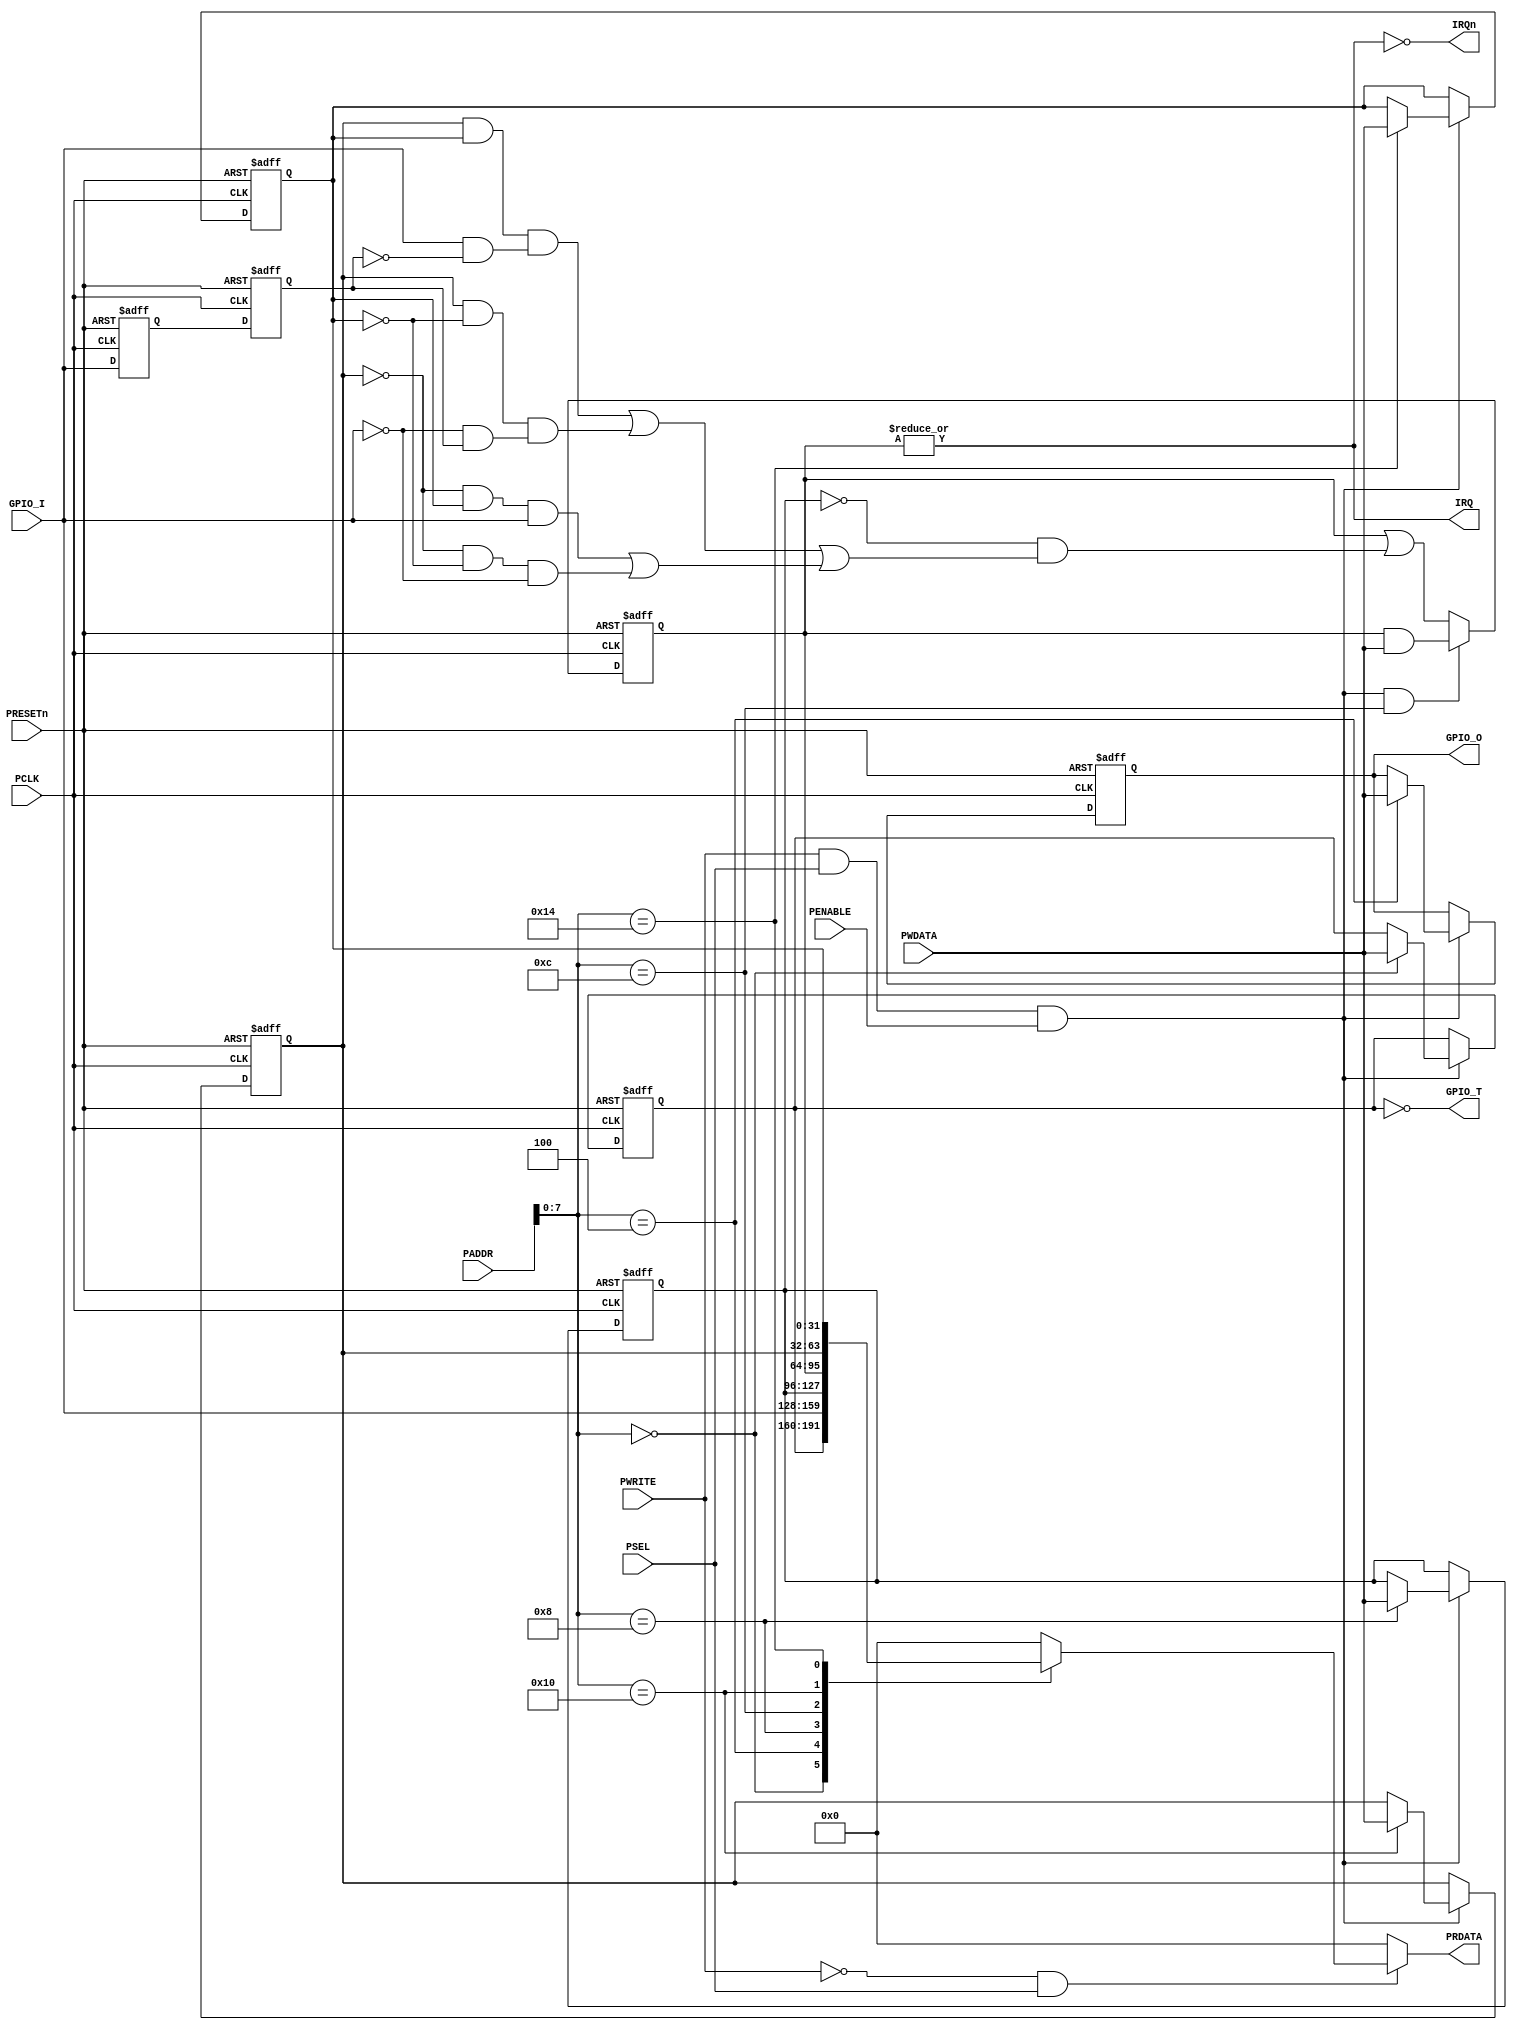
//--------------------------------------------------------
// Copyright (c) 2018 by Future Design Systems Co., Ltd.
// All right reserved.
//
// http://www.future-ds.com
//--------------------------------------------------------
// VERSION = 2018.04.19.
//--------------------------------------------------------
// gpio_apb.v
//--------------------------------------------------------
// [REGISTERS]
// 0x00: Line Control Register
//       '0' = input mode (default)
//       '1' = output mode
// 0x04: Line Register
//       Current GPIO pin level
// 0x08: Interrupt Mask Register
//       '0' = enabled
//       '1' = masked (disabled) (default)
// 0x0C: Interrupt Flag
// 0x10: Interrupt Edge/Level Sensitivity Mode Register
//       '0' = Level sensitivity mode (default)
//       '1' = Edge sensitivity mode
// 0x14: Interrupt Pol Sensitivity Mode Register
//       '0' = active-low for level mode, falling for edge mode (default)
//       '1' = active-high for level mode, rising for edge mode
//
// [HOWTO]
// * Use a pin as an input:
//   Program the corresponding bit in the Control Register
//   to 'input mode' ('0').
//   Then, the pin's state (input level) can be checked
//   by reading the Line Register.
//   Note that writing to the GPIO pin's Line Register bit
//   while in input mode has no effect.
//
// * Use a pin as an output:
//   Program the corresponding bit in the Control Register
//   to 'output mode' ('1').
//   Then, program the GPIO pin's output level by writing
//   to the corresponding bit in the Line Register.
//   Note reading the GPIO pin's Line Register bit while
//   in output mode returns the current input pin level
//   so that it may not reflect the value written.
//
// * Use a pin as an interrupt source:
//   Program the corresponding bit in the Edge Register
//   to the desired sentivity mode (level or edge).
//   Program the corresponding bit in the Pol Register
//   to the desired sentivity mode (low/falling or high/rising).
//   Program the corresponding bit in the Mask Register
//   to 'un-masked mode' ('0').
//--------------------------------------------------------
// synopsys translate_off
`timescale 1ns/10ps
// synopsys translate_on

module gpio_apb #(parameter GPIO_WIDTH=32)
(
       input   wire                  PRESETn
     , input   wire                  PCLK
     , input   wire                  PSEL
     , input   wire                  PENABLE
     , input   wire [31:0]           PADDR
     , input   wire                  PWRITE
     , output  reg  [31:0]           PRDATA
     , input   wire [31:0]           PWDATA
     , input   wire [GPIO_WIDTH-1:0] GPIO_I
     , output  wire [GPIO_WIDTH-1:0] GPIO_O
     , output  wire [GPIO_WIDTH-1:0] GPIO_T 
     , output  wire                  IRQ
     , output  wire                  IRQn
);
   //------------------------------------------------------------
   localparam CSRA_CONTROL = 8'h00,
              CSRA_LINE    = 8'h04,
              CSRA_MASK    = 8'h08,
              CSRA_IRQ     = 8'h0C,
              CSRA_EDGE    = 8'h10,
              CSRA_POL     = 8'h14;
   //------------------------------------------------------------
   reg  [GPIO_WIDTH-1:0] csr_line_out = {GPIO_WIDTH{1'b0}}; // all clear
   reg  [GPIO_WIDTH-1:0] csr_control  = {GPIO_WIDTH{1'b0}}; // all input
   reg  [GPIO_WIDTH-1:0] csr_mask     = {GPIO_WIDTH{1'b1}}; // all masked
   reg  [GPIO_WIDTH-1:0] csr_irq      = {GPIO_WIDTH{1'b0}}; // all clear
   reg  [GPIO_WIDTH-1:0] csr_edge     = {GPIO_WIDTH{1'b0}}; // all level
   reg  [GPIO_WIDTH-1:0] csr_pol      = {GPIO_WIDTH{1'b1}}; // all active high
   //------------------------------------------------------------
   assign GPIO_O  = csr_line_out;
   assign GPIO_T  = ~csr_control; // 0 output, 1 input
   assign IRQn    = ~IRQ;
   assign IRQ     = |csr_irq;
   //------------------------------------------------------------
   // CSR read
   //always @ (PWRITE or PSEL or PADDR) begin
   always @ (*) begin
       if (~PWRITE&PSEL) begin
          PRDATA = 'h0;
          case (PADDR[7:0]) // synopsys parallel_case full_case
              CSRA_CONTROL: PRDATA[GPIO_WIDTH-1:0] = csr_control;
              CSRA_LINE   : PRDATA[GPIO_WIDTH-1:0] = GPIO_I;
              CSRA_MASK   : PRDATA[GPIO_WIDTH-1:0] = csr_mask;
              CSRA_IRQ    : PRDATA[GPIO_WIDTH-1:0] = csr_irq;
              CSRA_EDGE   : PRDATA[GPIO_WIDTH-1:0] = csr_edge;
              CSRA_POL    : PRDATA[GPIO_WIDTH-1:0] = csr_pol;
              default     : PRDATA                 = 'h0;
          endcase
       end else begin
          PRDATA = 'h0;
       end
   end
   //------------------------------------------------------------
   always @ (posedge PCLK or negedge PRESETn) begin
     if (PRESETn==1'b0) begin
       csr_line_out <= {GPIO_WIDTH{1'b0}}; // all clear
       csr_control  <= {GPIO_WIDTH{1'b0}}; // all input
       csr_mask     <= {GPIO_WIDTH{1'b1}}; // all masked
       csr_edge     <= {GPIO_WIDTH{1'b0}}; // all level
       csr_pol      <= {GPIO_WIDTH{1'b1}}; // all active high
     end else begin
        if (PWRITE&PSEL&PENABLE) begin
            case (PADDR[7:0]) // synopsys parallel_case full_case
            CSRA_CONTROL: csr_control  <= PWDATA[GPIO_WIDTH-1:0];
            CSRA_LINE   : csr_line_out <= PWDATA[GPIO_WIDTH-1:0];
            CSRA_MASK   : csr_mask     <= PWDATA[GPIO_WIDTH-1:0];
            CSRA_EDGE   : csr_edge     <= PWDATA[GPIO_WIDTH-1:0];
            CSRA_POL    : csr_pol      <= PWDATA[GPIO_WIDTH-1:0];
            default     : begin end
            endcase
         end
     end
   end
   //------------------------------------------------------------
   reg [GPIO_WIDTH-1:0] gpio_d, gpio_dx; // delayed
   always @ (posedge PCLK or negedge PRESETn) begin
     if (PRESETn==1'b0) begin
         gpio_d  <= {GPIO_WIDTH{1'b0}}; //GPIO_I;
         gpio_dx <= {GPIO_WIDTH{1'b0}}; //GPIO_I;
     end else begin
         gpio_d  <= gpio_dx;
         gpio_dx <= GPIO_I;
     end
   end
   //------------------------------------------------------------
   // Note that it is two-cycle width in order to prevent missing
   // edge while 'csr_irq' is wrriten.
   wire   [GPIO_WIDTH-1:0] gpio_fall; // falling-edge
   wire   [GPIO_WIDTH-1:0] gpio_rise; // falling-edge
   assign gpio_fall = ~GPIO_I& gpio_d;
   assign gpio_rise =  GPIO_I&~gpio_d;
   //------------------------------------------------------------
   wire [GPIO_WIDTH-1:0] event_edge;
   assign event_edge = (csr_edge&csr_pol&gpio_rise)|(csr_edge&(~csr_pol)&gpio_fall);
   //------------------------------------------------------------
   wire [GPIO_WIDTH-1:0] event_level;
   assign event_level = ((~csr_edge)&csr_pol&GPIO_I)|((~csr_edge)&(~csr_pol)&(~GPIO_I));
   //------------------------------------------------------------
   wire [GPIO_WIDTH-1:0] event_irq;
   assign event_irq = (~csr_mask)&(event_edge|event_level);
   //------------------------------------------------------------
   always @ (posedge PCLK or negedge PRESETn) begin
     if (PRESETn==1'b0) begin
       csr_irq <= {GPIO_WIDTH{1'b0}}; // all clear
     end else begin
        if (PWRITE&PSEL&PENABLE&(PADDR[7:0]==CSRA_IRQ)) begin
            csr_irq <= csr_irq & PWDATA[GPIO_WIDTH-1:0]; // bit-value 0 will clear irq
        end else begin
            csr_irq <= csr_irq | event_irq;
        end
     end
   end
   //------------------------------------------------------------
endmodule
//*********************************************************
// Revision history
//
// 2014.04.19: active-high with level-sensitivity by default.
//*********************************************************